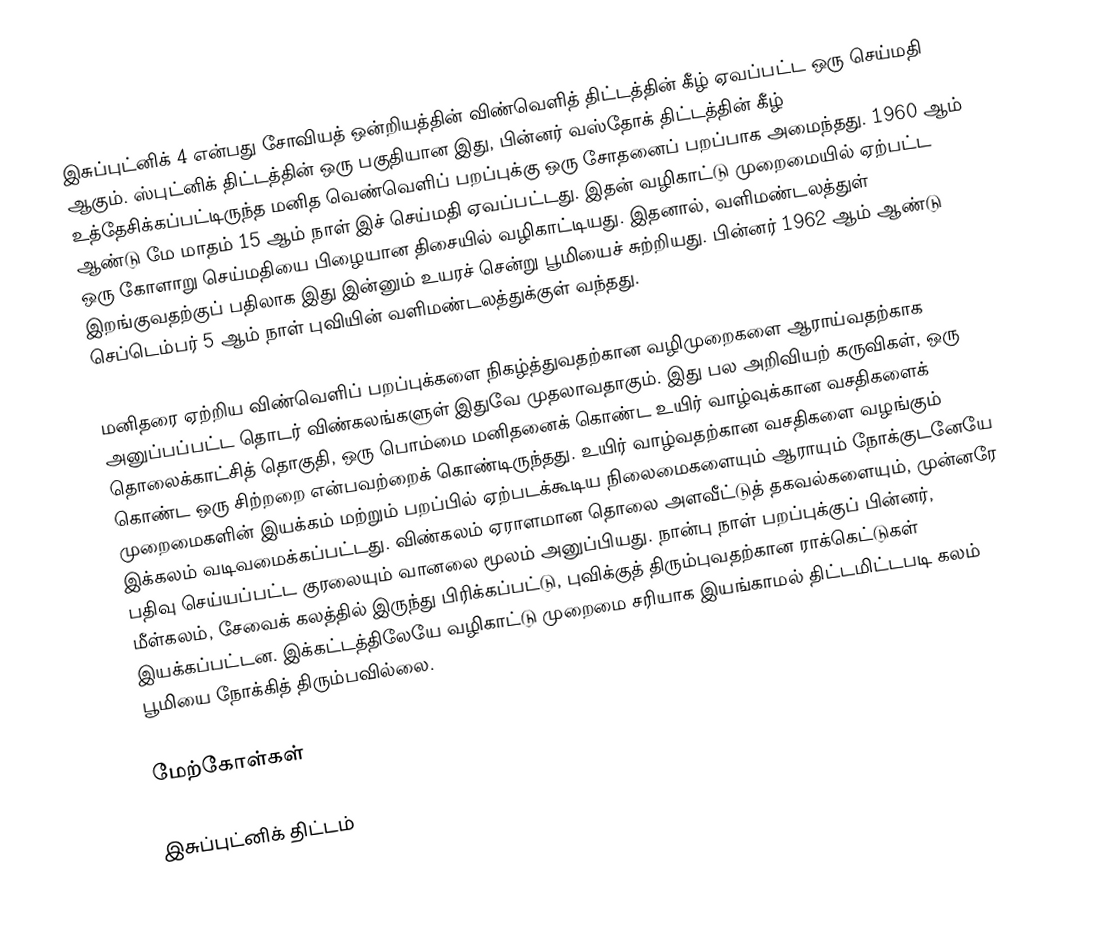
இசுப்புட்னிக் 4 என்பது சோவியத் ஒன்றியத்தின் விண்வெளித் திட்டத்தின் கீழ் ஏவப்பட்ட ஒரு செய்மதி ஆகும். ஸ்புட்னிக் திட்டத்தின் ஒரு பகுதியான இது, பின்னர் வஸ்தோக் திட்டத்தின் கீழ் உத்தேசிக்கப்பட்டிருந்த மனித வெண்வெளிப் பறப்புக்கு ஒரு சோதனைப் பறப்பாக அமைந்தது. 1960 ஆம் ஆண்டு மே மாதம் 15 ஆம் நாள் இச் செய்மதி ஏவப்பட்டது. இதன் வழிகாட்டு முறைமையில் ஏற்பட்ட ஒரு கோளாறு செய்மதியை பிழையான திசையில் வழிகாட்டியது. இதனால், வளிமண்டலத்துள் இறங்குவதற்குப் பதிலாக இது இன்னும் உயரச் சென்று பூமியைச் சுற்றியது. பின்னர் 1962 ஆம் ஆண்டு செப்டெம்பர் 5 ஆம் நாள் புவியின் வளிமண்டலத்துக்குள் வந்தது.

மனிதரை ஏற்றிய விண்வெளிப் பறப்புக்களை நிகழ்த்துவதற்கான வழிமுறைகளை ஆராய்வதற்காக அனுப்பப்பட்ட தொடர் விண்கலங்களுள் இதுவே முதலாவதாகும். இது பல அறிவியற் கருவிகள், ஒரு தொலைக்காட்சித் தொகுதி, ஒரு பொம்மை மனிதனைக் கொண்ட உயிர் வாழ்வுக்கான வசதிகளைக் கொண்ட ஒரு சிற்றறை என்பவற்றைக் கொண்டிருந்தது. உயிர் வாழ்வதற்கான வசதிகளை வழங்கும் முறைமைகளின் இயக்கம் மற்றும் பறப்பில் ஏற்படக்கூடிய நிலைமைகளையும் ஆராயும் நோக்குடனேயே இக்கலம் வடிவமைக்கப்பட்டது. விண்கலம் ஏராளமான தொலை அளவீட்டுத் தகவல்களையும், முன்னரே பதிவு செய்யப்பட்ட குரலையும் வானலை மூலம் அனுப்பியது. நான்பு நாள் பறப்புக்குப் பின்னர், மீள்கலம், சேவைக் கலத்தில் இருந்து பிரிக்கப்பட்டு, புவிக்குத் திரும்புவதற்கான ராக்கெட்டுகள் இயக்கப்பட்டன. இக்கட்டத்திலேயே வழிகாட்டு முறைமை சரியாக இயங்காமல் திட்டமிட்டபடி கலம் பூமியை நோக்கித் திரும்பவில்லை.

மேற்கோள்கள்

இசுப்புட்னிக் திட்டம்